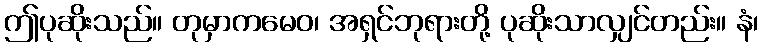
ဤပုဆိုးသည်။ တုမှာကမေဝ၊ အရှင်ဘုရားတို့ ပုဆိုးသာလျှင်တည်း။ နံ၊